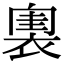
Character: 𧛲